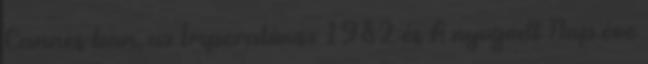
Cannes-ban, az Imperatívusz 1982 és A nyugodt Nap éve